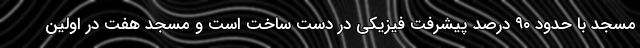
مسجد با حدود ۹۰ درصد پیشرفت فیزیکی در دست ساخت است و مسجد هفت در اولین